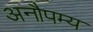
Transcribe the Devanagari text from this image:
अनौपम्य